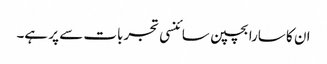
ان کا سارا بچپن سائنسی تجربات سے پر ہے۔